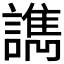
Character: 𰵇